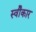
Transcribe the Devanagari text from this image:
स्वीेकार